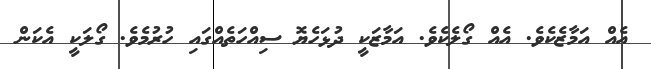
އެއް އަމާޒެކެވެ. އެއް ގޯލެކެވެ. އަމާޒަކީ ދުޅަހެޔޮ ސިއްހަތެއްގައި ހުރުމެވެ. ގޯލަކީ އެކަން